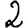
Digit: 2